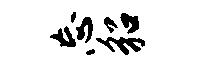
忘貂